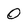
Character: 0